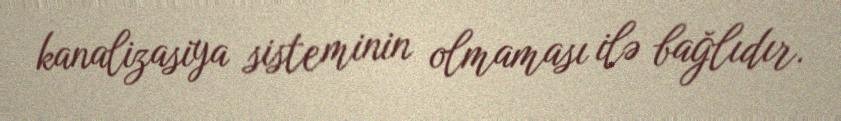
kanalizasiya sisteminin olmaması ilə bağlıdır.